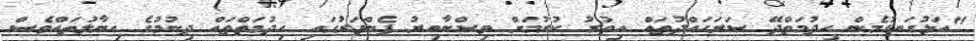
"އަޅުގަނޑުމެން ހިދުމަތްދޭ ސަރަހައްދުތައް އިތުރު ކުރުމަށް ވިސްނާއިރު ފެންވަރުގައި ހިދުމަތްތައް ދިނުމުގެ ހިޔާލުތައްވެސް